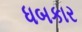
ધબકાર